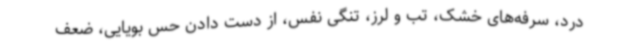
درد، سرفه‌های خشک، تب و لرز، تنگی نفس، از دست دادن حس بویایی، ضعف